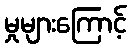
မှုများကြောင့်